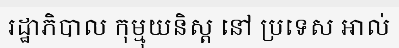
រដ្ឋាភិបាល កុម្មុយនិស្ត នៅ ប្រទេស អាល់